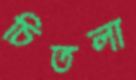
চিতলা